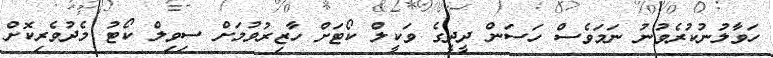
ހަވާލުނުކުރެވުނު ނަމަވެސް ހަސަން ދީދީގެ ވަކީލް ކޯޓަށް ހާޒިރުވުމަށް ސިވިލް ކޯޓު މެދުވެރިކޮށް